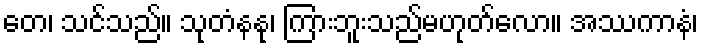
တေ၊ သင်သည်။ သုတံနနု၊ ကြားဘူးသည်မဟုတ်လော။ အဿကာနံ၊